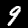
Label: 9